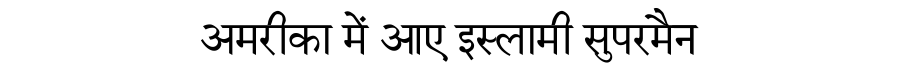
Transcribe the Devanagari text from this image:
अमरीका में आए इस्लामी सुपरमैन